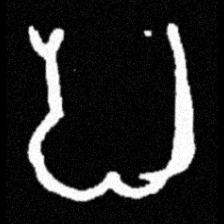
Pyu character \u2014 Myanmar letter: ပ (romanized: pa)